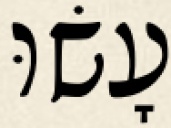
עָשׂוּ